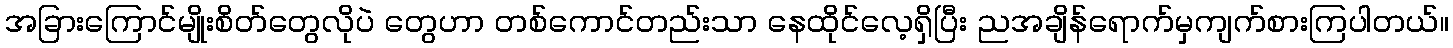
အခြားကြောင်မျိုးစိတ်တွေလိုပဲ တွေဟာ တစ်ကောင်တည်းသာ နေထိုင်လေ့ရှိပြီး ညအချိန်ရောက်မှကျက်စားကြပါတယ်။